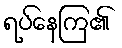
ရပ်နေကြ၏